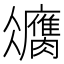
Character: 𦢻